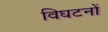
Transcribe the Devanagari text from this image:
विघटनों